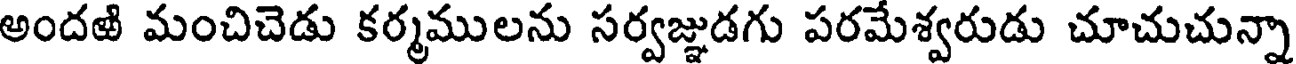
అందఱి మంచిచెడు కర్మములను సర్వజ్ఞుడగు పరమేశ్వరుడు చూచుచున్నా